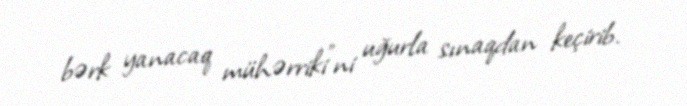
bərk yanacaq mühərriki"ni uğurla sınaqdan keçirib.